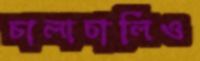
চালাচালিও